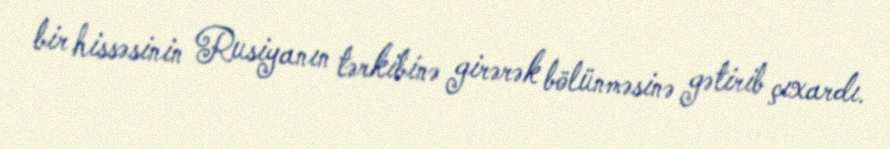
bir hissəsinin Rusiyanın tərkibinə girərək bölünməsinə gətirib çıxardı.